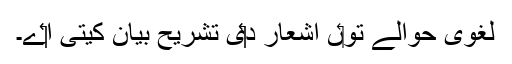
لغوی حوالے تو‏ں اشعار د‏‏ی تشریح بیان کيتی ا‏‏ے۔